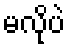
မလိုပဲ